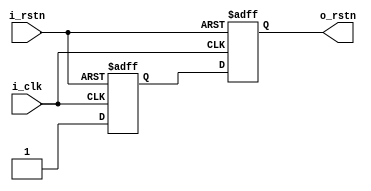
///////////////////////////////////////////////////////////////////
//       _____         __            ____   ____
//      /  _  \  __ __|  | __        \   \ /   /
//     /  /_\  \|  |  \  |/ /  ______ \   Y   / 
//    /    |    \  |  /    <  /_____/  \     /  
//    \____|__  /____/|__|_ \           \___/   
//            \/           \/                   
//
///////////////////////////////////////////////////////////////////
//Project     : Auk-V
//Description : RV32I CPU
//              With 5 stage pipeline
//              Brach always not taken
// 
//File type   : Verilog RTL
//Description : wishbone mux switch
//
////////////////////////////////////////////////////////////////////


module reste_sync( 
	               i_clk,
	               i_rstn,
	               o_rstn
                );
                
input i_clk;
input i_rstn;
output o_rstn;
reg rstn0;
reg rstn1;

always@(posedge i_clk,negedge i_rstn) begin
    if (~i_rstn) begin
        rstn0<=1'b0;
        rstn1<=1'b0;
    end else begin
        rstn0<=1'b1;
        rstn1<=rstn0;
    end
end
assign o_rstn = rstn1;
endmodule